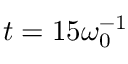
t = 1 5 \omega _ { 0 } ^ { - 1 }